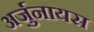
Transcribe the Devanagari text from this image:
अर्जुनायस